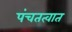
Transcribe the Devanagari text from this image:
पंचतत्वात